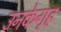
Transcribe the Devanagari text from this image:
उनकेगृह